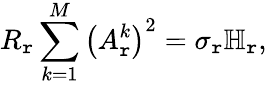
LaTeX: R_{\mathtt{r}}\sum_{k=1}^{M}\left(A_{\mathtt{r}}^{k}\right)^{2}=\sigma_{\mathtt{r}}\mathbb{{H}}_{\mathtt{r}},